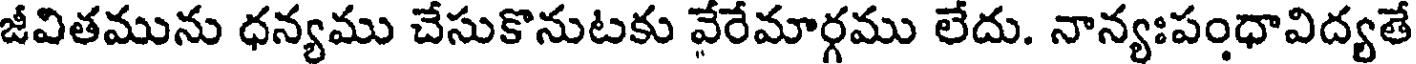
జీవితమును ధన్యము చేసుకొనుటకు వేరేమార్గము లేదు. నాన్యఃపంధావిద్యతే